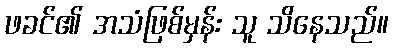
ဖခင်၏ အသံဖြစ်မှန်း သူ သိနေသည်။